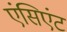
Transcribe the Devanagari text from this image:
एंसिएंट